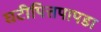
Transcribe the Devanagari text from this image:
घटीपित्तपापडा